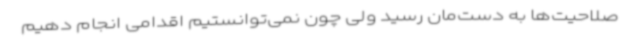
صلاحیت‌ها به دست‌مان رسید ولی چون نمی‌توانستیم اقدامی انجام دهیم